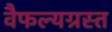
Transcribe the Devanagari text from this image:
वैफल्यग्रस्त